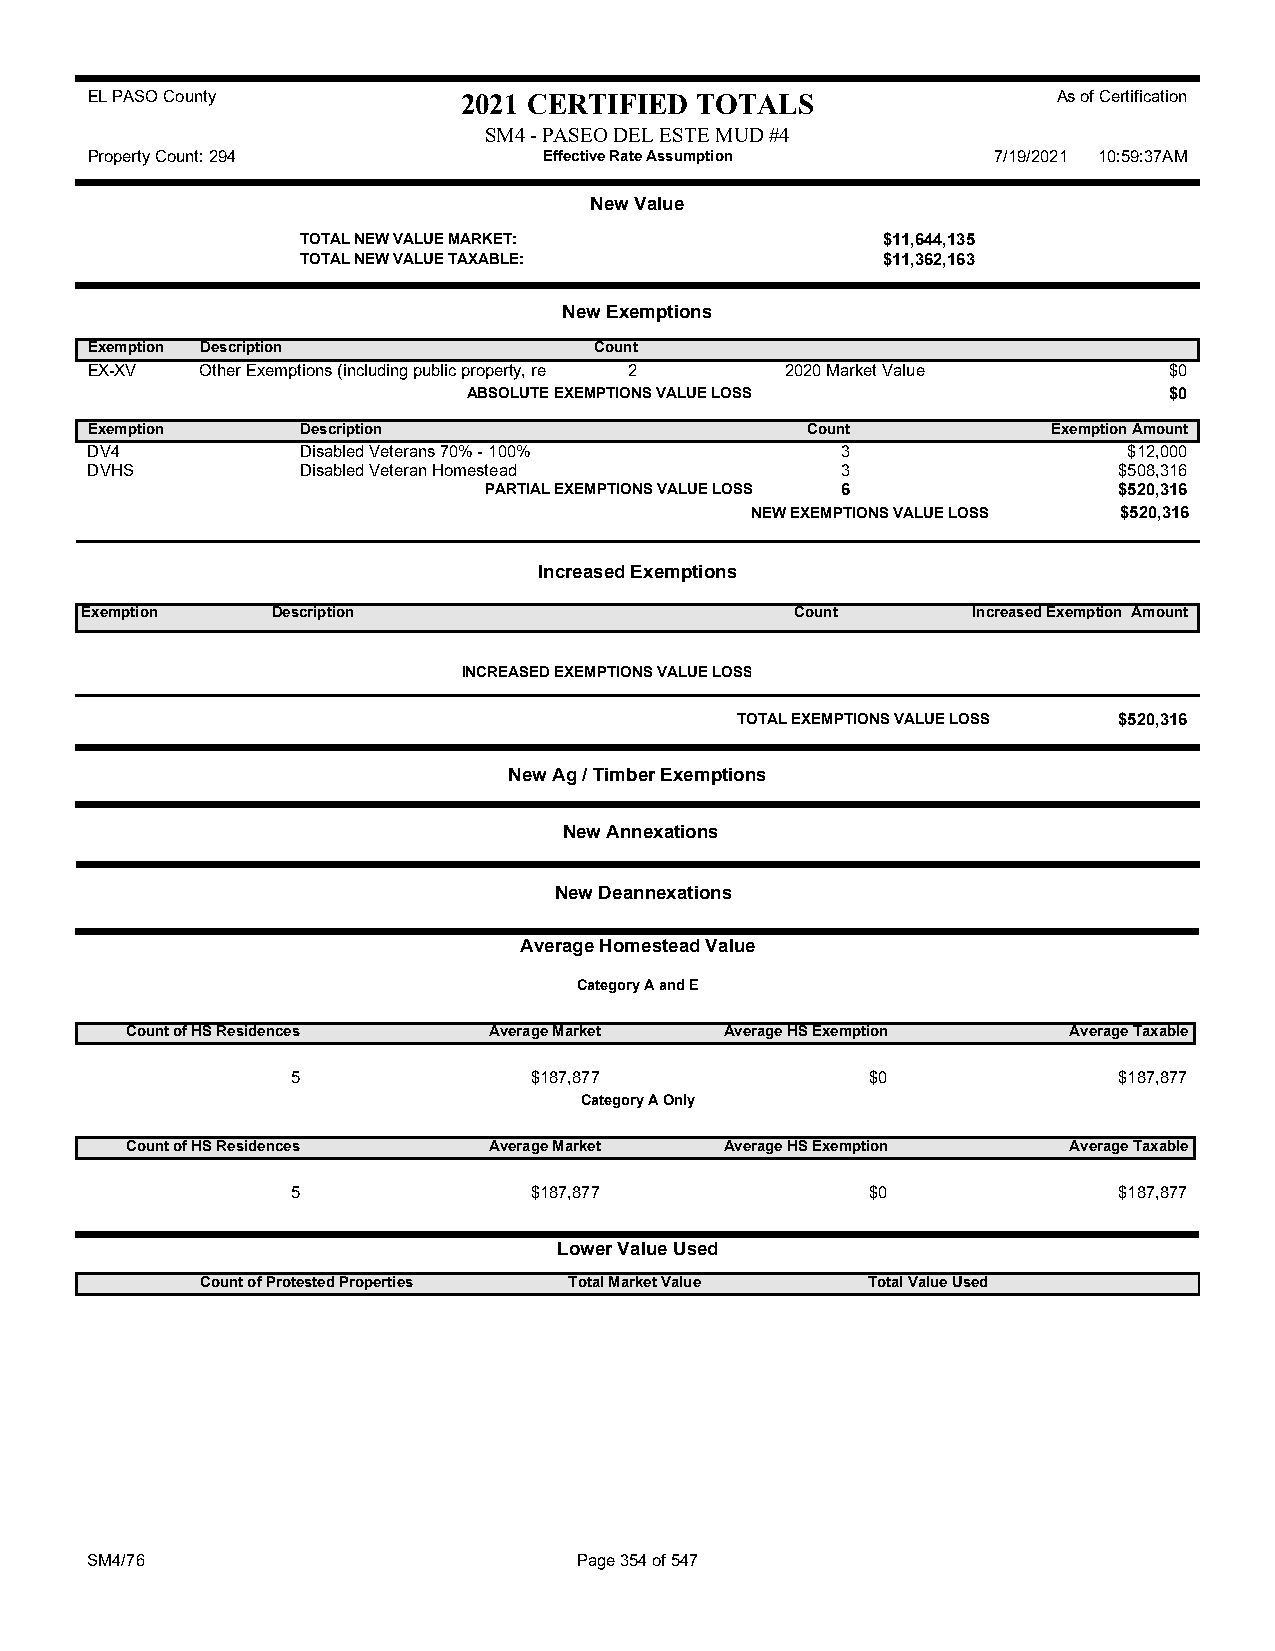
EL PASO County           2021 CERTIFIED TOTALS                  As of Certification
 SM4 - PASEO DEL ESTE MUD #4
 Property Count: 294           Effective Rate Assumption     7/19/2021 10:59:37AM
 New Value
 TOTAL NEW VALUE MARKET:               $11,644,135
 TOTAL NEW VALUE TAXABLE:              $11,362,163
 New Exemptions
 Exemption Description            Count
 EX-XV  Other Exemptions (including public property, re 2 2020 Market Value $0
 ABSOLUTE EXEMPTIONS VALUE LOSS                $0
 Exemption     Description                      Count            Exemption Amount
 DV4           Disabled Veterans 70% - 100%        3                  $12,000
 DVHS          Disabled Veteran Homestead          3                 $508,316
 PARTIAL EXEMPTIONS VALUE LOSS 6           $520,316
 NEW EXEMPTIONS VALUE LOSS $520,316
 Increased Exemptions
 Exemption    Description                        Count      Increased Exemption Amount
 INCREASED EXEMPTIONS VALUE LOSS
 TOTAL EXEMPTIONS VALUE LOSS $520,316
 New Ag / Timber Exemptions
 New Annexations
 New Deannexations
 Average Homestead Value
 Category A and E
 Count of HS Residences  Average Market  Average HS Exemption   Average Taxable
 5               $187,877               $0              $187,877
 Category A Only
 Count of HS Residences  Average Market  Average HS Exemption   Average Taxable
 5               $187,877               $0              $187,877
 Lower Value Used
 Count of Protested Properties Total Market Value Total Value Used
 SM4/76                          Page 354 of 547